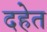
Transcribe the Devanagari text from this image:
दहेत